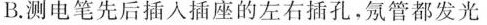
B.测电笔先后插入插座的左右插孔，氖管都发光